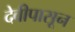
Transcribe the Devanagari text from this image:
देवीपासून